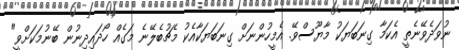
ނުވަދެވޭނެތީ އެކަމާ ގިނަބަޔަކު މާޔޫސްވޭ. އެމީހުންނަށް ގިނަބަޔަކާއެކު މެޗުބެލޭނެ މަގެއް ހޯދައިދިނުން ބޭނުމަކަށްވީ"